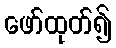
ဖော်ထုတ်၍